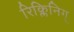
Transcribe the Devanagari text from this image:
रिक्लिनिग्